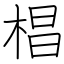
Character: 椙